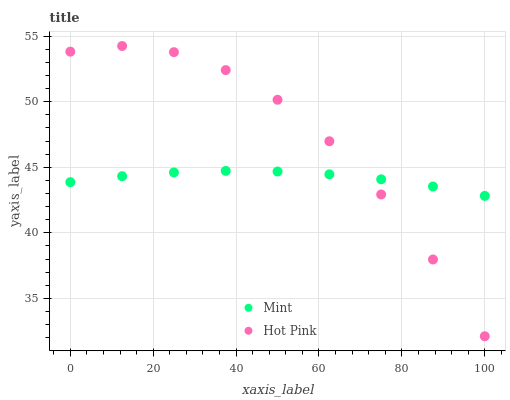
| xaxis_label | Mint | Hot Pink |
 | --- | --- | --- |
 | 0 | 43.9 | 53.8 |
 | 12.5 | 44.3 | 54.3 |
 | 25 | 44.6 | 53.8 |
 | 37.5 | 44.7 | 52.4 |
 | 50 | 44.7 | 50.1 |
 | 62.5 | 44.5 | 47 |
 | 75 | 44.1 | 42.9 |
 | 87.5 | 43.5 | 38 |
 | 100 | 42.8 | 32.1 |